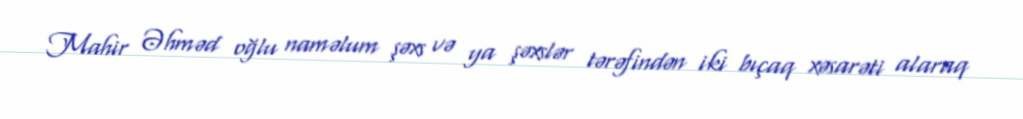
Mahir Əhməd oğlu naməlum şəxs və ya şəxslər tərəfindən iki bıçaq xəsarəti alaraq